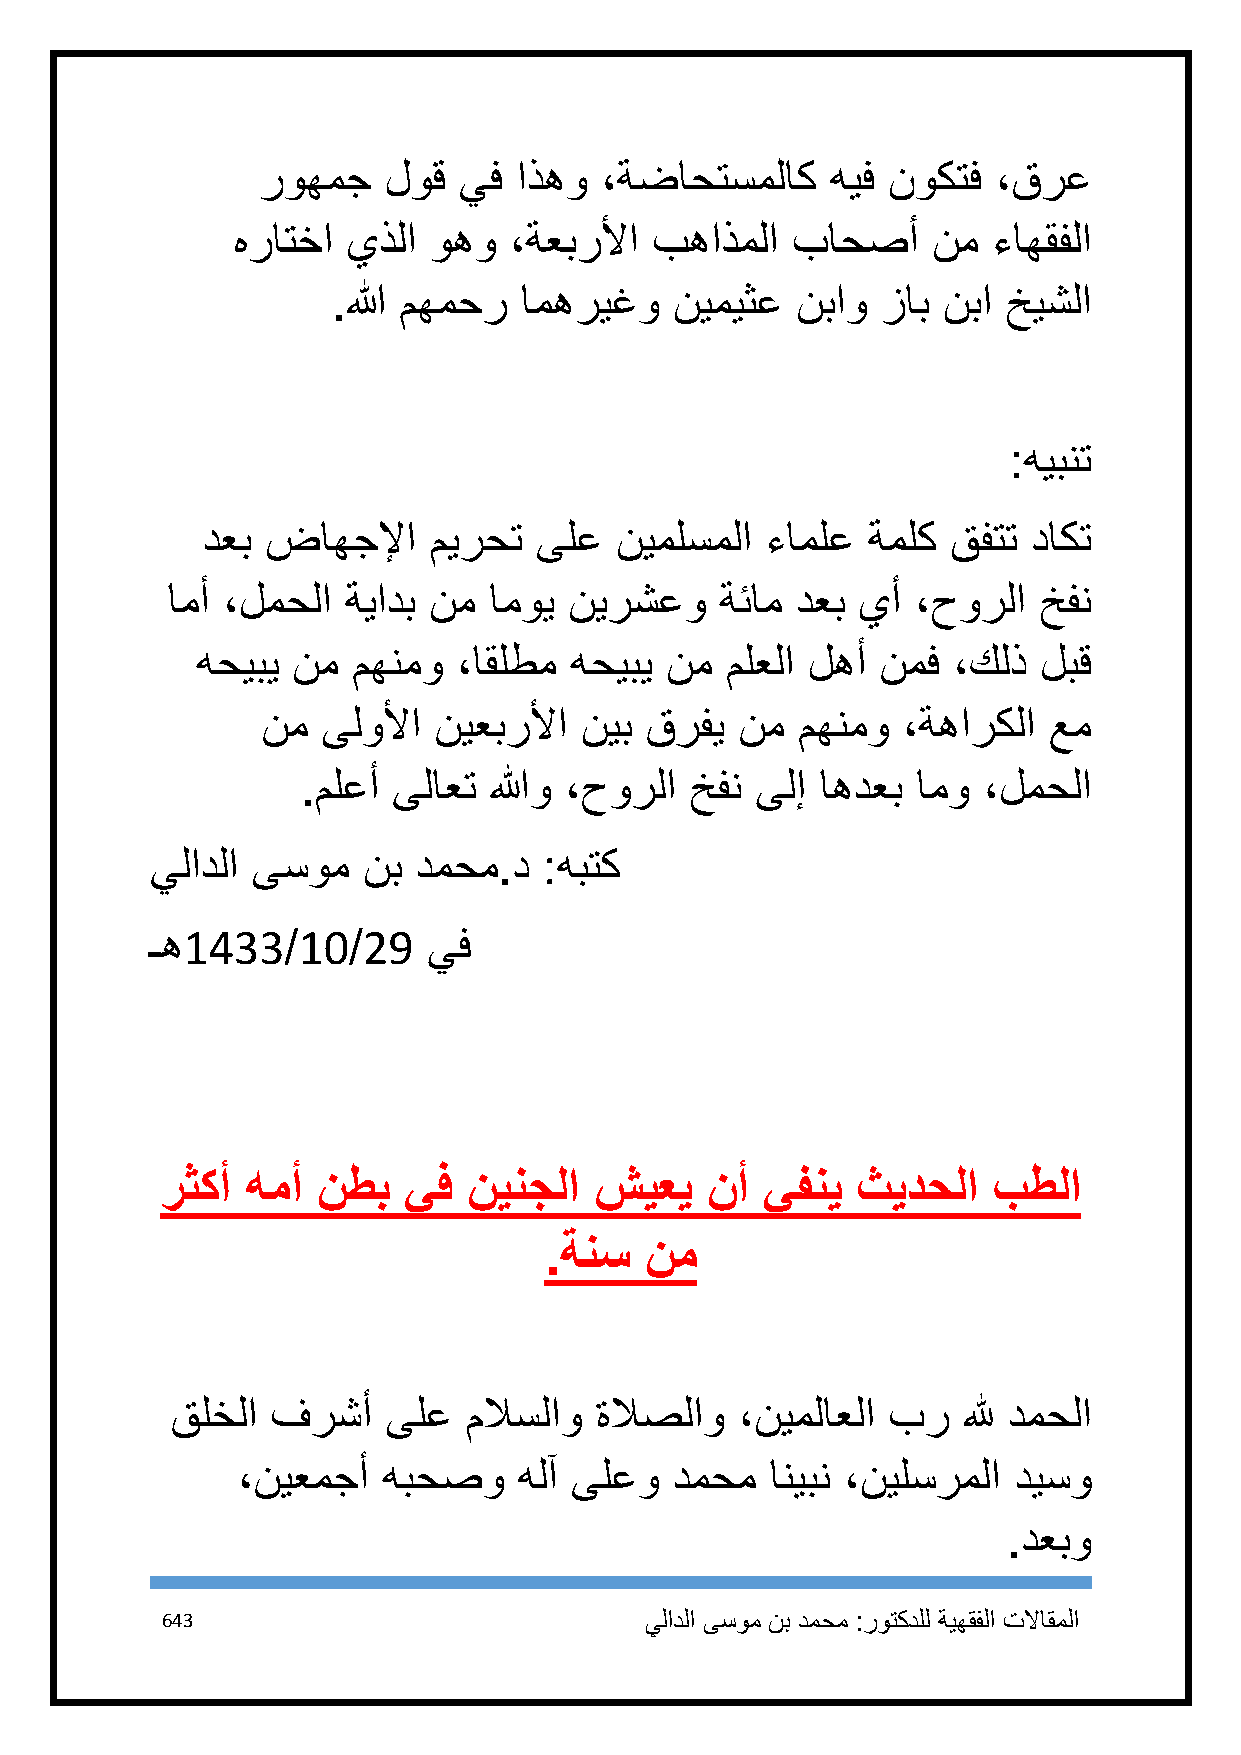
روهمج   لوق  يف  اذهو  ،ةضاحتسملاك    هيف نوكتف  ،قرع
 هراتخا  يذلا وهو   ،ةعبرلأا بهاذملا  باحصأ     نم  ءاهقفلا
 .الله مهمحر امهريغو    نيميثع  نباو زاب نبا  خيشلا
 :هيبنت
 دعب  ضاهجلإا   ميرحت  ىلع   نيملسملا  ءاملع ةملك  قفتت داكت
 امأ ،لمحلا  ةيادب نم اموي  نيرشعو    ةئام دعب يأ  ،حورلا  خفن
 هحيبي نم  مهنمو  ،اقلطم  هحيبي نم  ملعلا لهأ نمف  ،كلذ  لبق
 نم  ىلولأا  نيعبرلأا نيب  قرفي  نم  مهنمو  ،ةهاركلا عم
 .ملعأ ىلاعت اللهو ،حورلا  خفن ىلإ اهدعب  امو ،لمحلا
 يلادلا ىسوم   نب دمحم.د   :هبتك
 ـه1433/11/29      يف
 رثكأ همأ  نطب   يف  نينجلا  شيعي    نأ  يفني  ثيدحلا   بطلا
 .ةنس   نم
 قلخلا  فرشأ    ىلع  ملاسلاو ةلاصلاو   ،نيملاعلا بر   لله دمحلا
 ،نيعمجأ  هبحصو    هلآ ىلعو   دمحم  انيبن ،نيلسرملا ديسو
 .دعبو
 643                             يلادلا ىسوم نب دمحم :روتكدلل ةيهقفلا تلااقملا